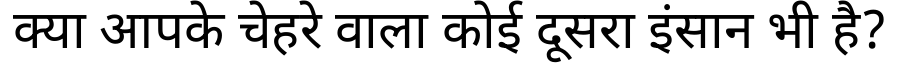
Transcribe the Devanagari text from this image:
क्या आपके चेहरे वाला कोई दूसरा इंसान भी है?